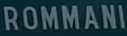
ROMMANI